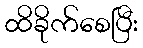
ထိခိုက်စေပြီး